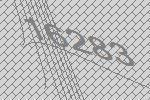
16283